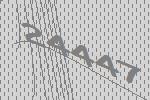
24447